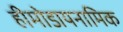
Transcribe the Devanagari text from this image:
हीमोडायनामिक